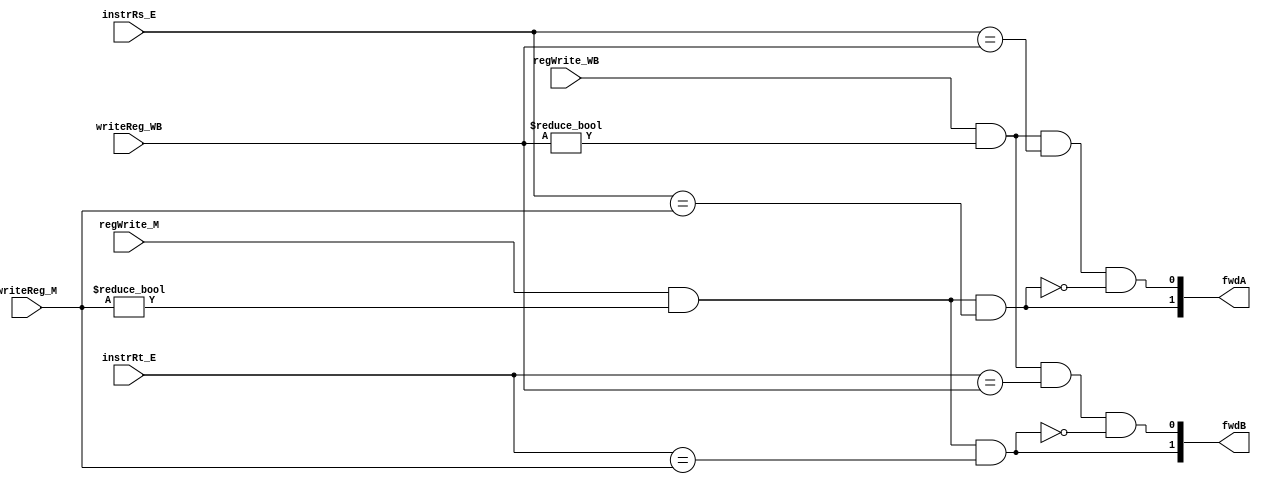
module fwd_unit(fwdA, fwdB,
		instrRs_E, instrRt_E, writeReg_M, writeReg_WB, regWrite_M, regWrite_WB);

	input [4:0] instrRs_E, instrRt_E, writeReg_M, writeReg_WB;
	input regWrite_M, regWrite_WB;
	output [1:0] fwdA, fwdB;

	wire fwd_ALU_A, fwd_Full_A;
	wire fwd_ALU_B, fwd_Full_B;

	wire fwd_ALU, fwd_Full;

	// 00: no forwarding
	// 10: forward from ALU
	// 01: forward from MEM
	// 11: ----

	assign fwdA = { fwd_ALU_A, fwd_Full_A };
	assign fwdB = { fwd_ALU_B, fwd_Full_B };

	assign fwd_ALU = regWrite_M & (writeReg_M != 5'd0);
	assign fwd_Full = regWrite_WB & (writeReg_WB != 5'd0);

	assign fwd_ALU_A = fwd_ALU & (instrRs_E == writeReg_M);
	assign fwd_ALU_B = fwd_ALU & (instrRt_E == writeReg_M);

	assign fwd_Full_A = fwd_Full & (instrRs_E == writeReg_WB) & ~fwd_ALU_A;
	assign fwd_Full_B = fwd_Full & (instrRt_E == writeReg_WB) & ~fwd_ALU_B;

endmodule

module fwd_unit_tb();
	reg [4:0] instrRs_E, instrRt_E, writeReg_M, writeReg_WB;
	reg regWrite_M, regWrite_WB;
	wire [1:0] fwdA, fwdB;

	fwd_unit testFwdUnit (fwdA, fwdB,
			instrRs_E, instrRt_E, writeReg_M, writeReg_WB, regWrite_M, regWrite_WB);

	initial begin

		$monitor("FwdA: %b, FwdB: %b, Rs_E: %b, Rt_E: %b, write_M (%b): %b, write_WB (%b): %b",
			fwdA, fwdB, instrRs_E, instrRt_E,
			regWrite_M, writeReg_M,
			regWrite_WB, writeReg_WB);

		instrRs_E <= 5'b01001;
		instrRt_E <= 5'b01011;

		writeReg_M <= 5'b01001;
		regWrite_M <= 1'b1;

		writeReg_WB <= 5'b01011;
		regWrite_WB <= 1'b1;

	end

endmodule